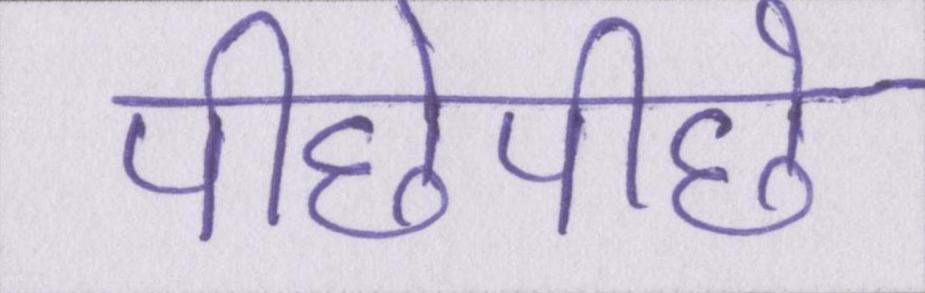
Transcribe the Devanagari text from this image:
पीछेपीछे